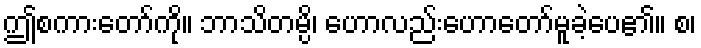
ဤစကားတော်ကို။ ဘာသိတမ္ပိ၊ ဟောလည်းဟောတော်မူခဲ့ပေ၏။ စ၊